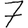
Digit: 7